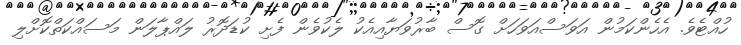
ހުއްޓެވެ. އެހެންކަމުން އަވަސްއަވަހަށް ގޮސް ބާރުވަޔާއިއެކު ލެކުވެން ފެށި ކުޑަދޮރު ލައްޕާލަަން މަސައްކަތްކޮށްލި